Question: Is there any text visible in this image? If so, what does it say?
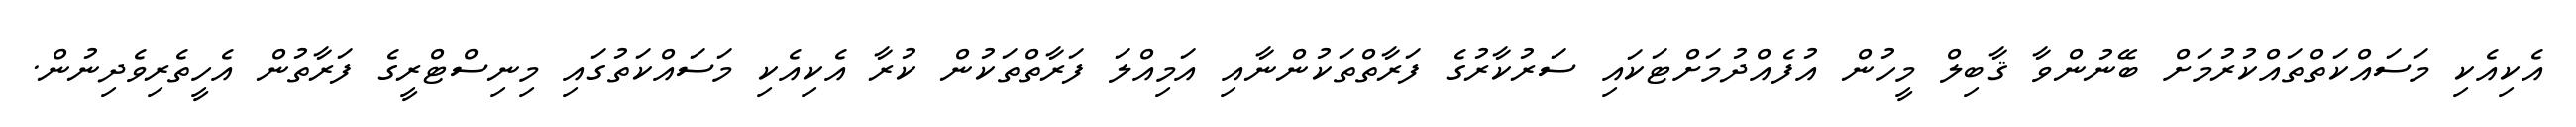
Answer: އެކިއެކި މަސައްކަތްތައްކުރުމަށް ބޭނުންވާ ޤާބިލް މީހުން އުފެއްދުމަށްޓަކައި ސަރުކާރުގެ ފަރާތްތަކުންނާއި އަމިއްލަ ފަރާތްތަކުން ކުރާ އެކިއެކި މަސައްކަތުގައި މިނިސްޓްރީގެ ފަރާތުން އެހީތެރިވެދިނުން.